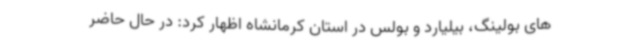
های بولینگ، بیلیارد و بولس در استان کرمانشاه اظهار کرد: در حال حاضر